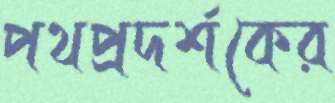
পথপ্রদর্শকের